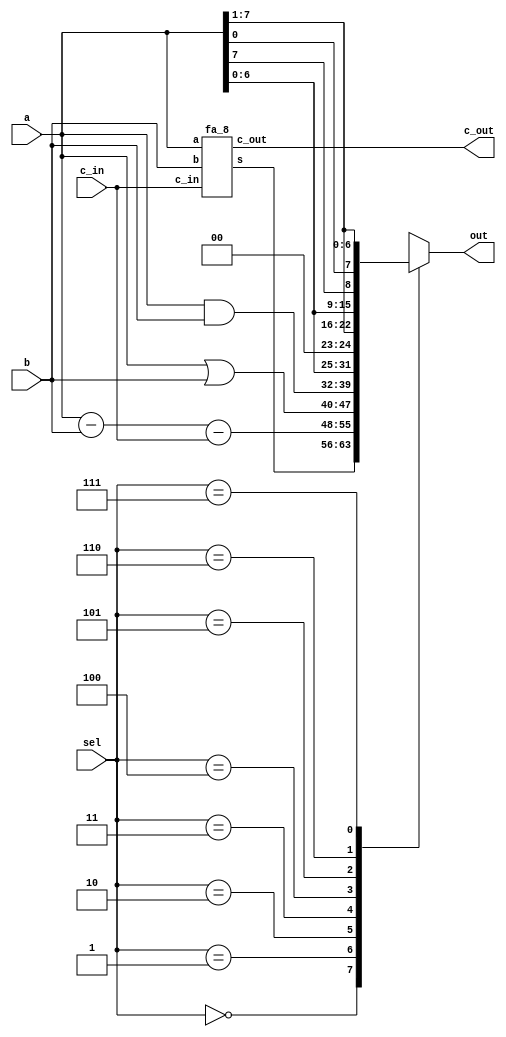
`timescale 1ns / 1ps

module ALU_8(a, b, sel, c_in, out, c_out);
input wire [7:0] a, b;
input wire [2:0] sel;
input wire c_in;

output reg [7:0] out;
output c_out;
wire [7:0] SUM;

fa_8 fa_8_0(a, b, c_in, SUM[7:0], c_out);


    always@(*) begin
        case(sel)
            3'b000: out = SUM;              // add with c_in
            3'b001: out = a - b - c_in;     // sub with c_in
            3'b010: out = a | b;            // or
            3'b011: out = a & b;            // and
            3'b100: out = a << 1;           // shl
            3'b101: out = a >> 1;           // shr
            3'b110: out = {a[6:0], a[7]};   // rol
            3'b111: out = {a[0], a[7:1]};   // ror
        endcase
    end

endmodule

// test and development adder modules exist below /////////////////////////////////////////////////
module fa_1(a, b, c_in, s, c_out);
input wire a, b, c_in;
output reg s, c_out;

    always@(*) begin   
        s = (a ^ b ^ c_in);
        c_out = (a & b) | (a ^ b) & c_in;       
    end
    
endmodule

module fa_4(a, b, c_in, s, c_out);
input wire [3:0] a;
input wire [3:0] b;
input wire c_in;

output wire [3:0] s;
output wire c_out;

wire [2:0] c_temp;
    
    fa_1 FA1(a[0], b[0], c_in, s[0], c_temp[0]);
    fa_1 FA2(a[1], b[1], c_temp[0], s[1], c_temp[1]);
    fa_1 FA3(a[2], b[2], c_temp[1], s[2], c_temp[2]);
    fa_1 FA4(a[3], b[3], c_temp[2], s[3], c_out);
    
endmodule

module fa_8(a, b, c_in, s, c_out);
input wire [7:0] a;
input wire [7:0] b;
input wire c_in;

output wire [7:0] s;
output wire c_out;

wire c_temp; // internal wire
  
    fa_4 FA1(a[3:0], b[3:0], c_in, s[3:0], c_temp);
    fa_4 FA2(a[7:4], b[7:4], c_temp, s[7:4], c_out);
    
endmodule